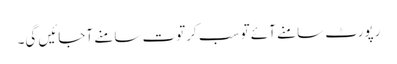
رپورٹ سامنے آئے تو سب کرتوت سامنے آجائیں گی۔